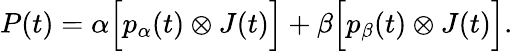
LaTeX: P(t)=\alpha\Big[p_{\alpha}(t)\otimes J(t)\Big]+\beta\Big[p_{\beta}(t)\otimes J(t)\Big].